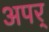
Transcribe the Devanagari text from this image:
अपर्